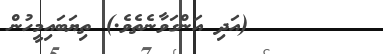
١٩       (އަދި އަންގަވާނެތެވެ.) ތިޔަބައިމީހުން